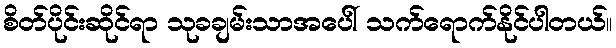
စိတ်ပိုင်းဆိုင်ရာ သုခချမ်းသာအပေါ် သက်ရောက်နိုင်ပါတယ်။